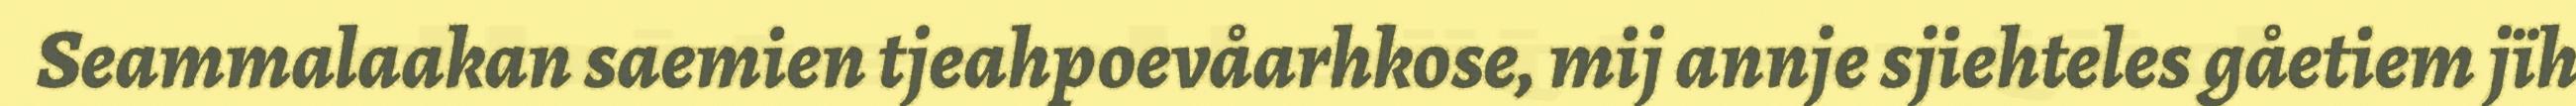
Seammalaakan saemien tjeahpoevåarhkose, mij annje sjiehteles gåetiem jïh